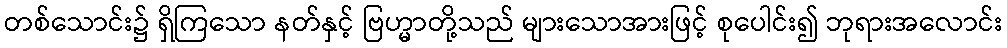
တစ်သောင်း၌ ရှိကြသော နတ်နှင့် ဗြဟ္မာတို့သည် များသောအားဖြင့် စုပေါင်း၍ ဘုရားအလောင်း